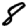
Digit: 8